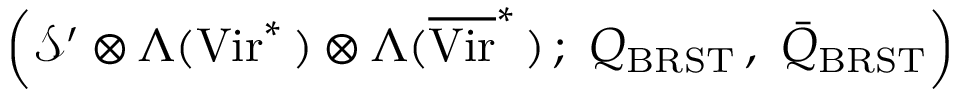
\left( { \mathcal S } ^ { \prime } \otimes \Lambda ( \mathrm { V i r } ^ { * } \, ) \otimes \Lambda ( \overline { { \mathrm { V i r } } } ^ { * } \, ) \, ; \ Q _ { \mathrm { B R S T } } \, , \ \bar { Q } _ { \mathrm { B R S T } } \right)